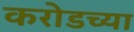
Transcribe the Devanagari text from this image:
करोडच्या